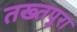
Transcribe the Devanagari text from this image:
तख्तपुरा